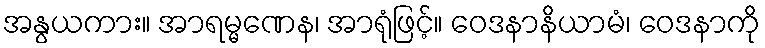
အနွယကား။ အာရမ္မဏေန၊ အာရုံဖြင့်။ ဝေဒနာနိယာမံ၊ ဝေဒနာကို